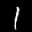
Label: 1